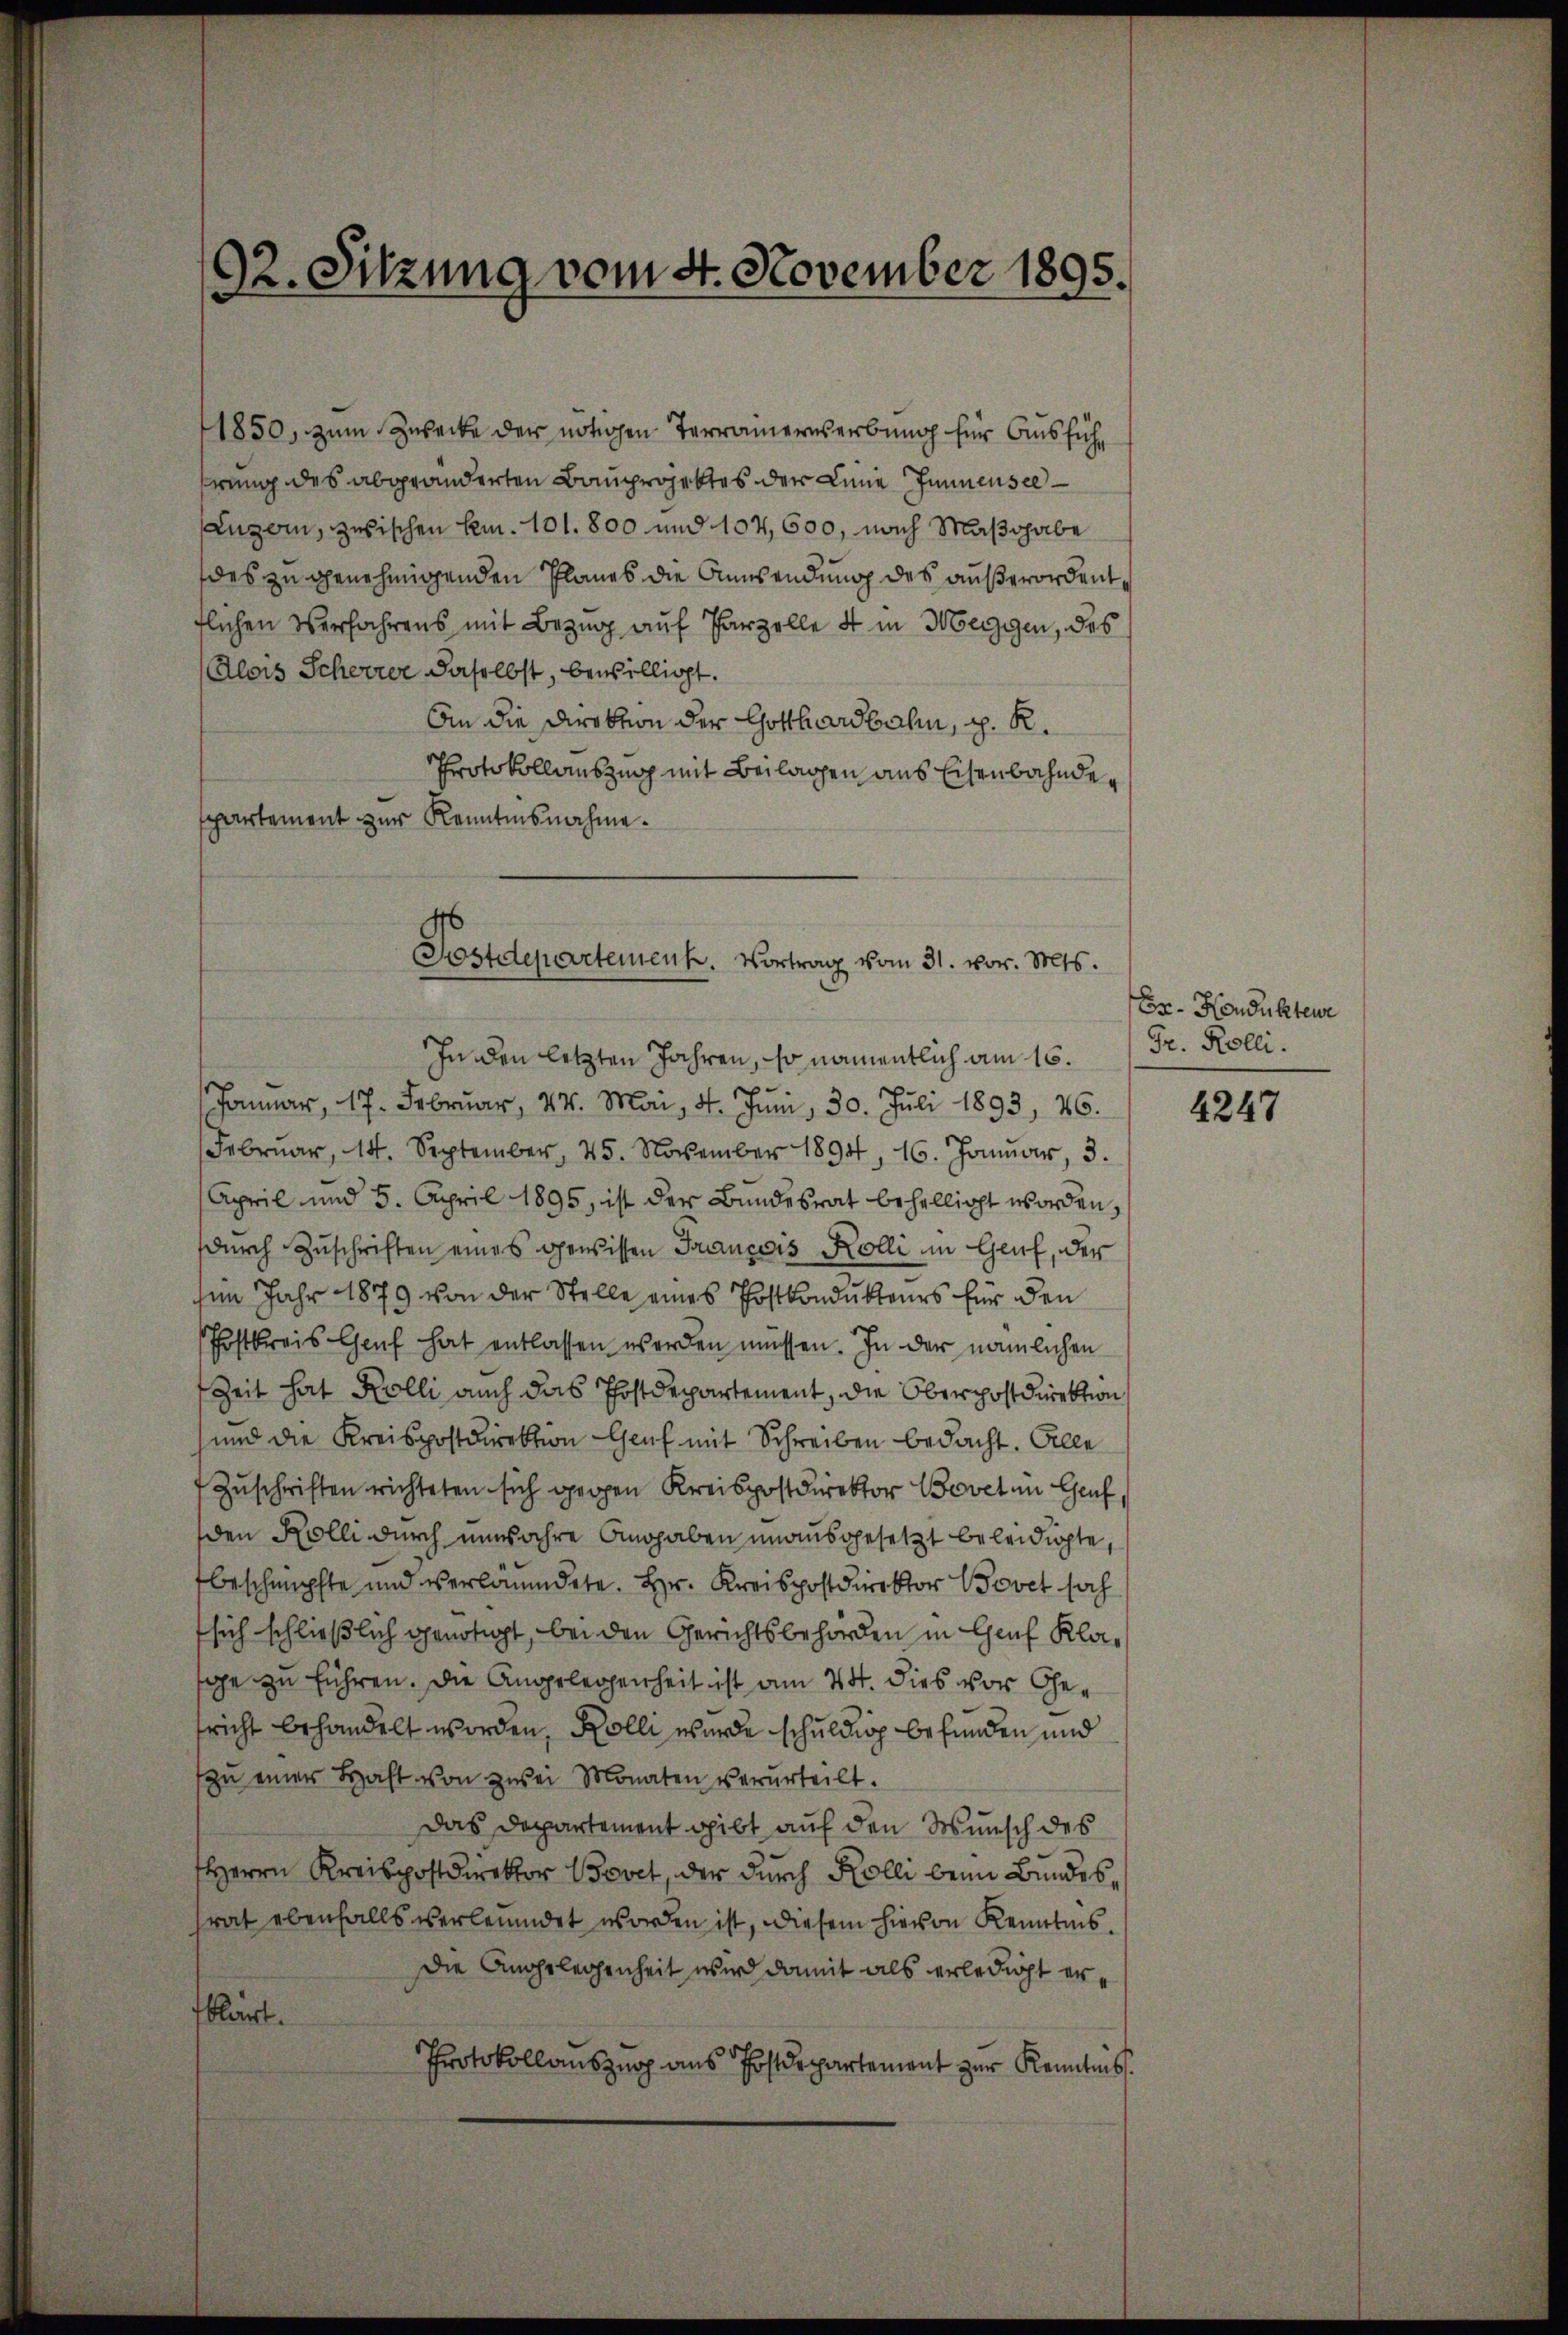
92. Sitzung vom 4. November 1895.

1850, zum Zwecke der nötigen Terrainerwerbung für Ausfühprung des abgeänderten Bauprojektes der Line Finnensee¬
Luzern, zwischen Lem. 101. 800 und 104,600, nach Maßgabe
des zu genehmigenden Planes die Anwendung des außerordent,
flichen Verfahrens mit Bezug auf Parzelle 4 in Merigen, des
Alois Scheerer daselbst, bewilligt.
An die Direktion der Gotthardbahn, p. K.
Protokollauszung mit Beilagen aus Eisenbahnden
spartement zur Kenntnisnahme.

Postdepartement. Vortrag vom 31. vor. Mts.

In den letzten Jahren, so namentlich am 15. Fr. Kolli
Jonar, 17. Februar, 24. Mai, 4. Jŭni 30. Jŭli 1893, 26.
Februar, 14. September, 25. November 1894, 16. Januar, 3.
April und 5. April 1895, ist der Bundesrat behelligt worden,
durch Zuschriften eines gewissen Trancois Kolli im Genf, der
im Jahr 1879 von der Stelle eines Postkondukteurs für den
Postkreis Genf hat entlassen werden müssen. In der nämlichen
Zeit hat Kolli auch das Postdepartement, die Oberpostdirektion
und die Kreispostdirektion Genf mit Schreiben bedacht. Alle
Zuschriften richteten sich gegen Kreispostdirektor Bovet in Genf,
den Kolli durch unwahre Angaben unausgesetzt beleidigte,
beschnüpfte und verläumdete. Hr. Kreispostdirektor Bovet sah
sich schließlich genötigt, bei den Gerichtsbehörden in Genf Klasae zu führen. Die Angelegenheit ist am 24. dies vor Gefricht behandelt worden, Kolli wurde schuldig befunden und
zu einer Haft von zwei Monaten verurteilt.
Das Departement gibt auf den Wunsch des
Herrn Kreispostdirektor Bovet, der durch Kolli beim Bundes,
rat ebenfalls verleumdet worden ist, diesem hievon Kenntnis.
Die Angelegenheit wird damit als erledigt erfklärt.
Protokollauszug aus Postdepartement zur Kenntnis.

Er- Hondukteur

4247